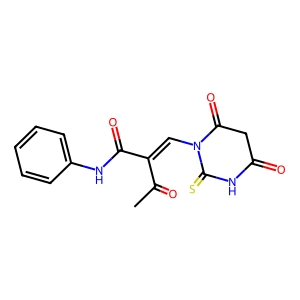
SMILES: CC(=O)C(=CN1C(=O)CC(=O)NC1=S)C(=O)Nc1ccccc1
Inhibits HIV replication: No